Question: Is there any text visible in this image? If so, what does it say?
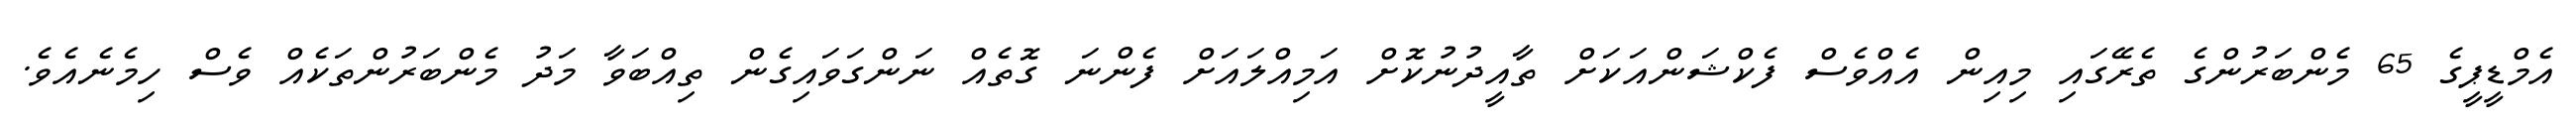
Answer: އެމްޑީޕީގެ 65 މެންބަރުންގެ ތެރޭގައި މިއިން އެއްވެސް ފެކްޝަންއަކަށް ތާއީދުނުކޮށް އަމިއްލައަށް ފެންނަ ގޮތެއް ނަންގަވައިގެން ތިއްބަވާ މަދު މެންބަރުންތަކެއް ވެސް ހިމެނެއެވެ.